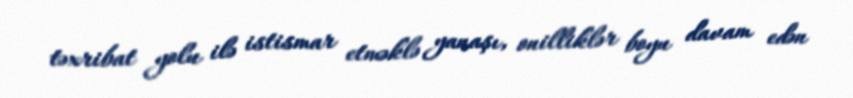
təxribat yolu ilə istismar etməklə yanaşı, onilliklər boyu davam edən